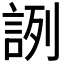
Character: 𧧋